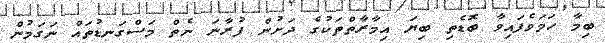
ބިމާ ހަމަވެފައިވާ ބޮޑެތި ބިޔަ އިމާރާތްތަކުގެ ދަށުން ފުރާނަ ނެތް މަސްގަނޑުތައް ނަގަމުން